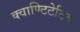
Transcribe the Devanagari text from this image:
क्वाण्टिटेटिव